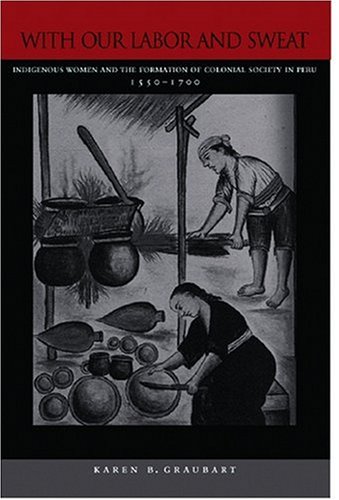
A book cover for With Our Labor and Sweat: Indigenous Women and the Formation of Colonial Society in Peru, 1550-1700; Karen Graubart; History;